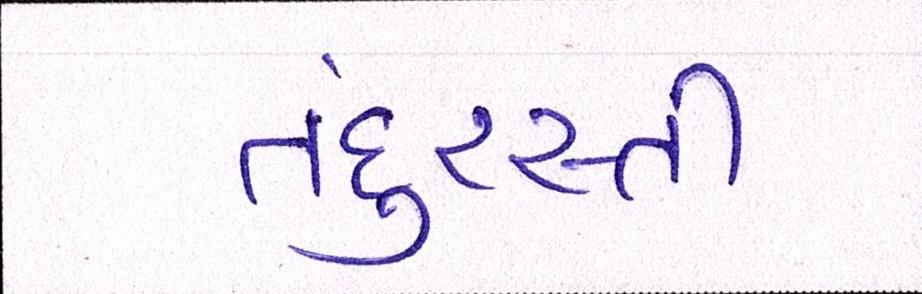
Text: તંદુરસ્તી